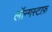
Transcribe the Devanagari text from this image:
लॉन्गस्टाफ़